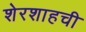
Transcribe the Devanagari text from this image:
शेरशाहची